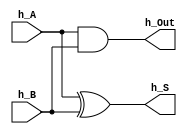
`timescale 1ns / 1ps
//////////////////////////////////////////////////////////////////////////////////
// Company: 
// Engineer: 
// 
// Design Name: 
// Module Name: Comp
// Project Name: 
// Target Devices: 
// Tool Versions: 
// Description: 
// 
// Dependencies: 
// 
// Revision:
// Revision 0.01 - File Created
// Additional Comments:
// 
//////////////////////////////////////////////////////////////////////////////////
module hA(input h_A, input h_B, output h_S, output h_Out);
    assign h_S = h_A^h_B;
    assign h_Out = h_A&h_B;
endmodule

module fA(input f_A, input f_B, input f_Cin, output f_S, output f_Out);
    wire [2:0] T;
    hA h1(f_A, f_B, T[0], T[1]);
    hA h2(T[0], f_Cin, f_S, T[2]);
    assign f_Out = T[1]^T[2];
endmodule

module Comp(
    input [3:0] A,
    input [3:0] B,
    input Cin,
    output [3:0] D,
    output Out,
    output reg AgB, AlB, AeB
    );
    wire [2:0] C;
    wire chk;
    fA f1(A[0], ~B[0], Cin, D[0], C[0]);
    fA f2(A[1], ~B[1], C[0], D[1], C[1]);
    fA f3(A[2], ~B[2], C[1], D[2], C[2]);
    fA f4(A[3], ~B[3], C[2], D[3], Out);
    assign chk = Out^D[3];
    
    always@(*) begin
        if(D == 0) begin
            AgB = 1'b0;
            AlB = 1'b0;
            AeB = 1'b1;
        end
        else if((chk^D[3]) == 1) begin
            AgB = 1'b1;
            AlB = 1'b0;
            AeB = 1'b0;
        end
        else begin
            AgB = 1'b0;
            AlB = 1'b1;
            AeB = 1'b0;
        end
    end
endmodule